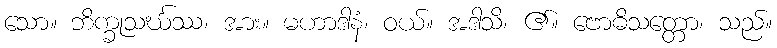
သော။ ဘိက္ခုသင်္ဃဿ၊ အား။ မဟာဒါနံ၊ ဝယ်။ အဒါသိ၊ ၏။ ဗောဓိသတ္တော၊ သည်။